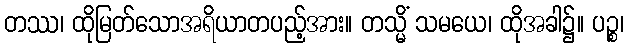
တဿ၊ ထိုမြတ်သောအရိယာတပည့်အား။ တသ္မိံ သမယေ၊ ထိုအခါ၌။ ပဉ္စ၊